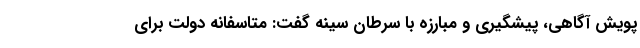
پویش آگاهی، پیشگیری و مبارزه با سرطان سینه گفت: متاسفانه دولت برای